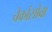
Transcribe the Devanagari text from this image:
चेर्कासोवा